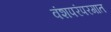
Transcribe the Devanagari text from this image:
वंशपरंपरगात